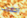
احضرت